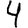
Digit: 4